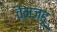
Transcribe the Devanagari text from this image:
वेंमज्हू